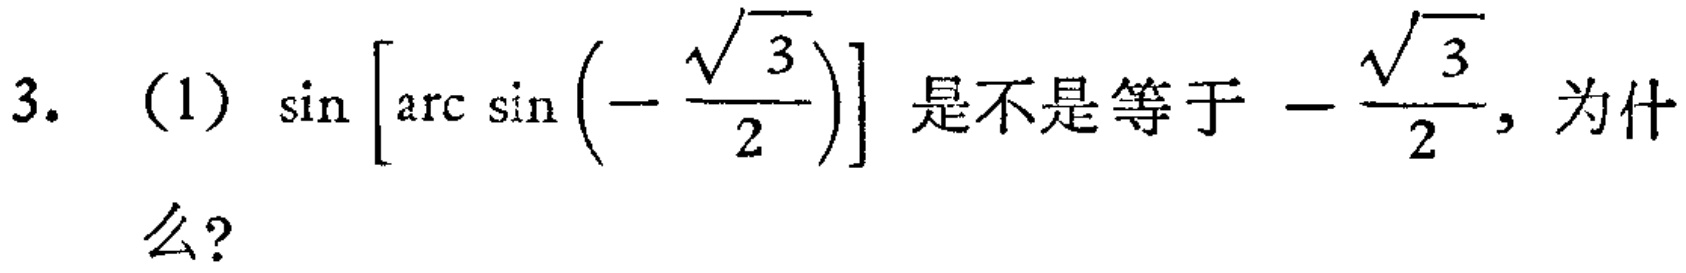
3. (1) $\sin\left[\arcsin\left(-\frac{\sqrt{3}}{2}\right)\right]$ 是不是等于 $-\frac{\sqrt{3}}{2}$, 为什么?